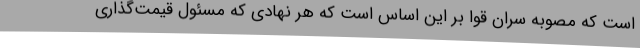
است که مصوبه سران قوا بر این اساس است که هر نهادی که مسئول قیمت‌گذاری